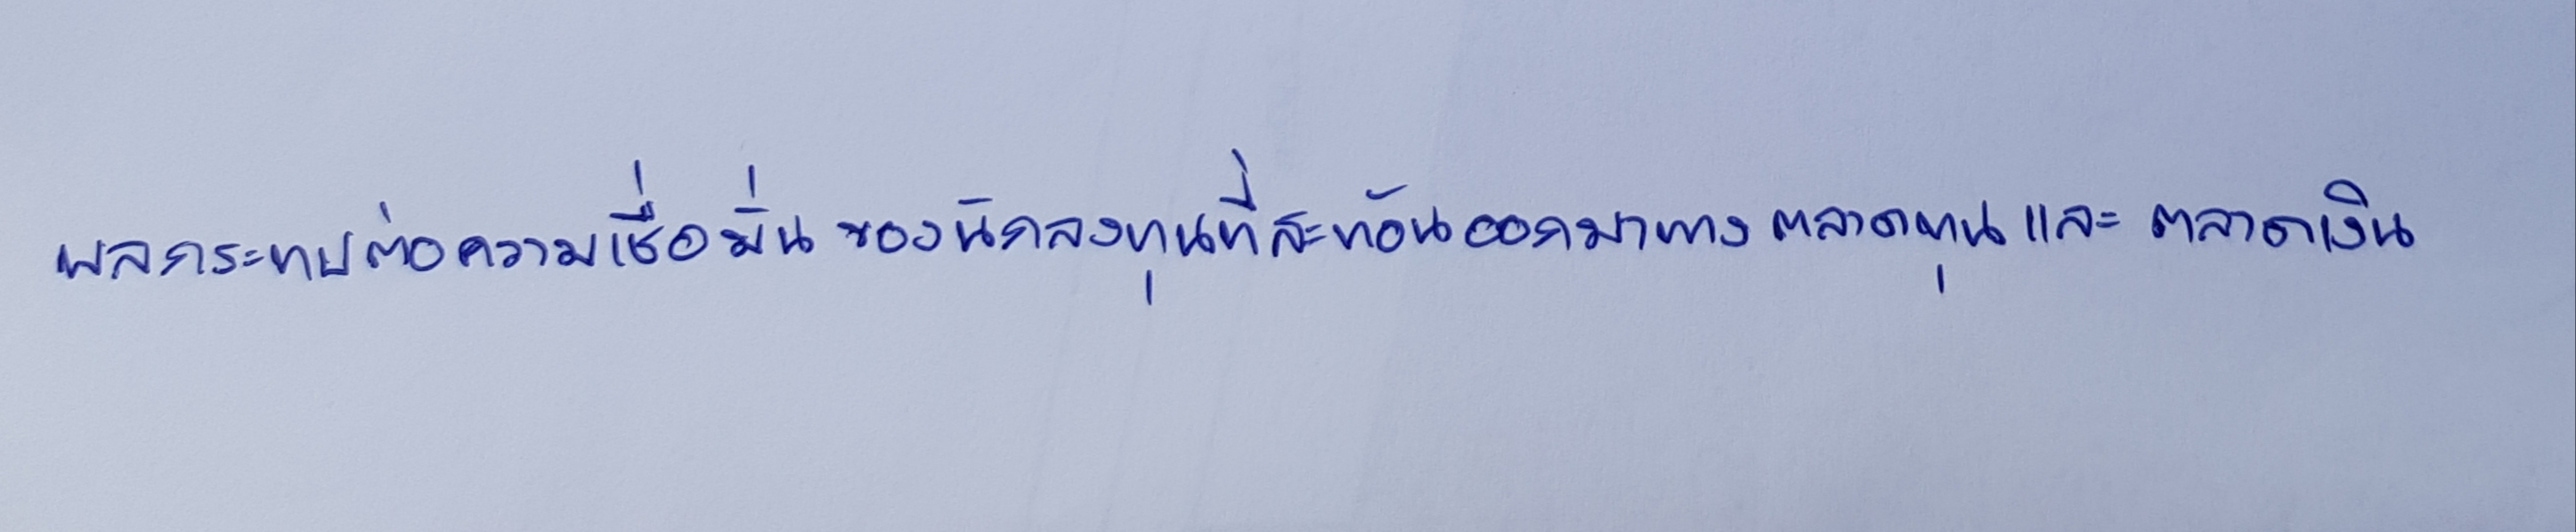
ผลกระทบต่อความเชื่อมั่นของนักลงทุนที่สะท้อนออกมาทางตลาดทุนและตลาดเงิน